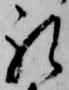
礼